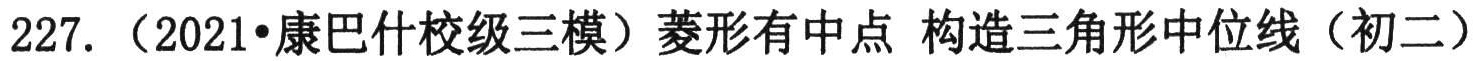
227. （2021•康巴什校级三模）菱形有中点 构造三角形中位线（初二）